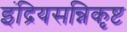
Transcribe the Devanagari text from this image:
इंद्रियसन्निकृष्ट